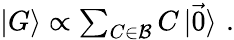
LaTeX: \begin{array}{r}{\mathinner{|{G}\rangle}\propto\sum_{C\in\mathcal{B}}C\mathinner{|{\vec{0}}\rangle}\, .}\end{array}